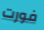
فورت